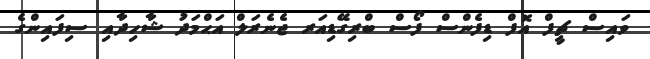
ވައިސް ޗީފް އޮފް ޑިފެންސް ފޯސް ބްރިގޭޑިއަރ ޖެނެރަލް އަޙްމަދު ޝާހިދާއި ސިފައިންގެ